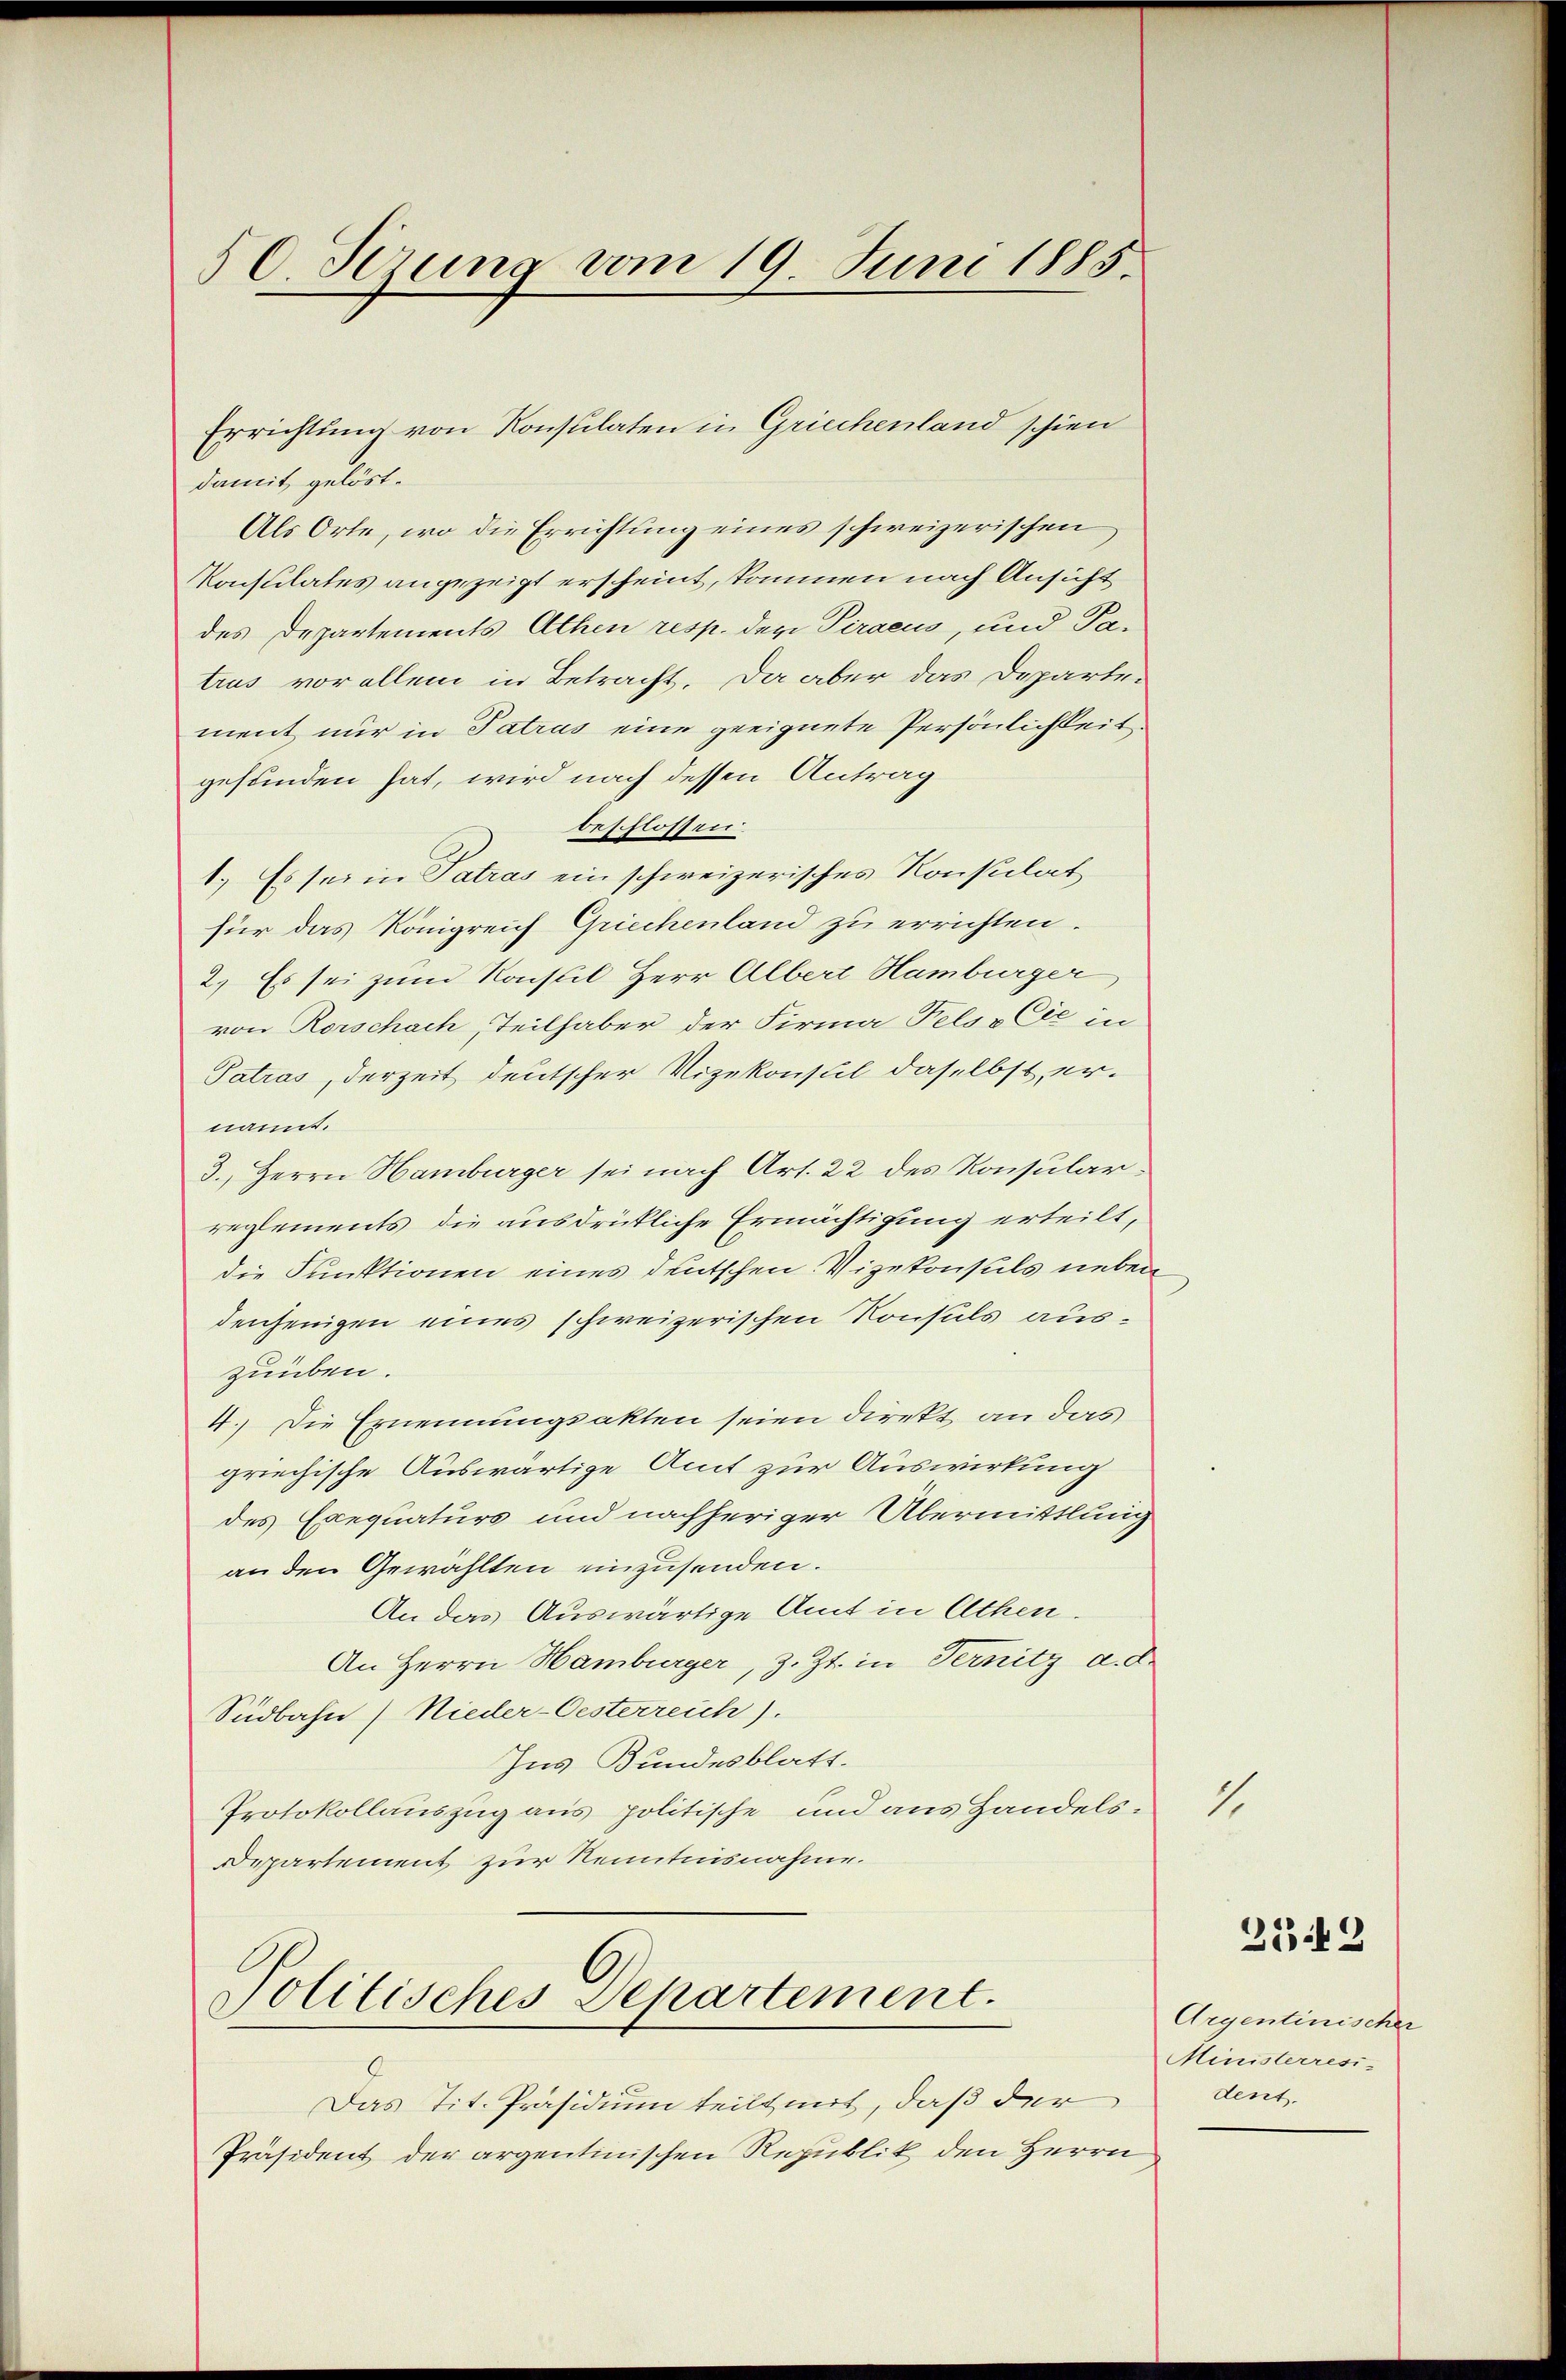
80. Sezung vom 19. Juni 1885.

damit gelöst.
Als Orte, wo die Errichtung eines schweizerischen
Konsulates angezeigt erscheint, kommen nach Ansicht
des Departements Athen resp. den Piraeus, und Patrus vor allem in Betracht. Da aber das Departei
ment nur in Patrus eine geeignete Persönlichkeit
gefunden hat, wird nach dessen Antrag
beschlossen
1.) Es sei in Patras ein schweizerisches Konsulat
für das Königreich Griechenland zu errichten.
2.) Es sei zum Konsul Herr Albert Hamburger
von Rorschach, Teilhaber der Firma Felsv Cie in
Tatras, derzeit deutscher Vizekonsul daselbst, ernannt.
3. Herrn Hamburger sei nach Art. 22 des Konsularreglements die ausdrückliche Ermächtigung erteilt,
die Funktionen eines deutschen. Vizekonsuls neben
denjenigen eines schweizerischen Konsuls auszuüben.
4.) Die Ernennungsakten seien direkt an das
griechische Auswärtige Amt zur Auswirkung
des Exequaturs und nachheriger Übermittlung
an den Gewählten einzusenden.
Anders Auswärtige Amt in Athen.
An Herrn Hamburger, z. Zt. in Ternitz d. d.
Südbahn (Nieder-Oesterreich).
Ins Bundesblatt.
Protokollauszug aus politische und aus Handels-
Departement zur Kenntnisnahme.

Errichtung von Konsulaten in Griechenland schien

Politisches Departement.

Das Tit. Präsidium teilt mit, daß der
Präsident der argentinischen Republik den Herrn

1.

25 f 2

Argentinischer
Ministerresi-
dent.